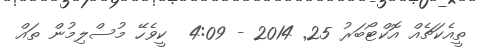
ތީއެކަޗެއް އޮކްޓޯބަރު 25